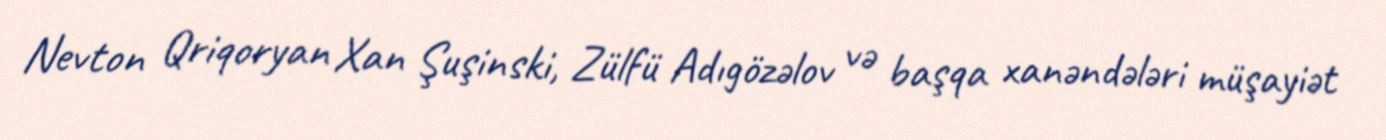
Nevton Qriqoryan Xan Şuşinski, Zülfü Adıgözəlov və başqa xanəndələri müşayiət